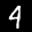
Label: 4